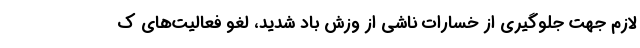
لازم جهت جلوگیری از خسارات ناشی از وزش باد شدید، لغو فعالیت‌های ک